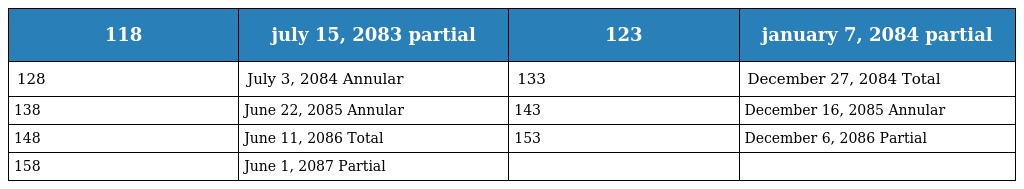
| 118 | july 15, 2083 partial | 123 | january 7, 2084 partial |
 | --- | --- | --- | --- |
 | 128 | July 3, 2084 Annular | 133 | December 27, 2084 Total |
 | 138 | June 22, 2085 Annular | 143 | December 16, 2085 Annular |
 | 148 | June 11, 2086 Total | 153 | December 6, 2086 Partial |
 | 158 | June 1, 2087 Partial |  |  |